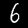
Label: 6